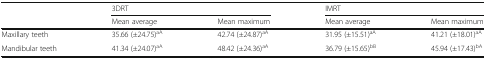
<table><thead><tr><td rowspan="2"></td><td colspan="2"><b>3DRT</b></td><td colspan="2"><b>IMRT</b></td></tr><tr><td><b>Mean average</b></td><td><b>Mean maximum</b></td><td><b>Mean average</b></td><td><b>Mean maximum</b></td></tr></thead><tbody><tr><td>Maxillary teeth</td><td>35.66 (±24.75)<sup>aA</sup></td><td>42.74 (±24.87)<sup>aA</sup></td><td>31.95 (±15.51)<sup>aA</sup></td><td>41.21 (±18.01)<sup>aA</sup></td></tr><tr><td>Mandibular teeth</td><td>41.34 (±24.07)<sup>aA</sup></td><td>48.42 (±24.36)<sup>aA</sup></td><td>36.79 (±15.65)<sup>bB</sup></td><td>45.94 (±17.43)<sup>bA</sup></td></tr></tbody></table>